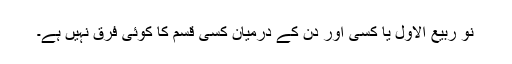
نو ربیع الاول یا کسی اور دن کے درمیان کسی قسم کا کوئی فرق نہیں ہے۔